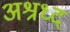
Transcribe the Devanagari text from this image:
अश्रध्द